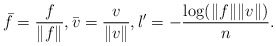
\begin{align*}\bar f = \frac{f}{\|f\|}, \bar v = \frac{v}{\|v\|}, l' = - \frac{\log (\|f\| \|v\|)}{n}. \end{align*}